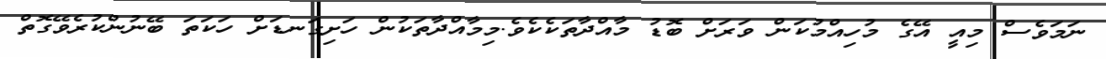
ނަމަވެސް މިއީ އޭގެ މުހިއްމުކަން ވަރަށް ބޮޑު މާއްދާތަކެކެވެ.މިމާއްދާތަކުން ހަށިގަނޑަށް ހަކަތަ ބޭނުންކުރެވޭގޮތް